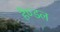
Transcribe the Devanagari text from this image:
हैण्डल